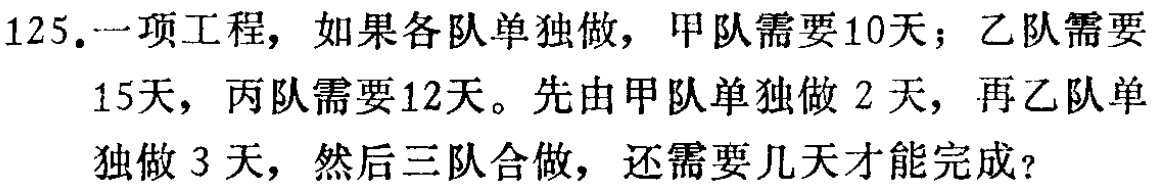
125.一项工程，如果各队单独做，甲队需要10天；乙队需要15天，丙队需要12天。先由甲队单独做2天，再乙队单独做3天，然后三队合做，还需要几天才能完成？